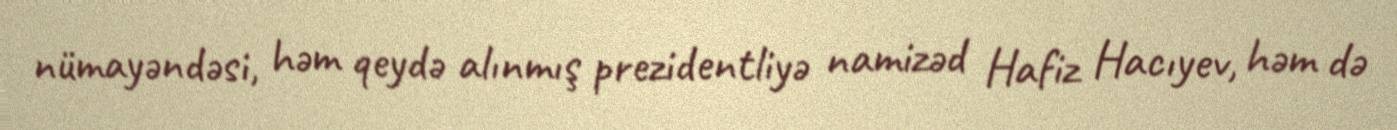
nümayəndəsi, həm qeydə alınmış prezidentliyə namizəd Hafiz Hacıyev, həm də